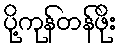
ပို့ကုန်တန်ဖိုး